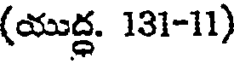
(యుద్ధ. 131-11)